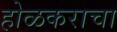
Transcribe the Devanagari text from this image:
होळकराचा